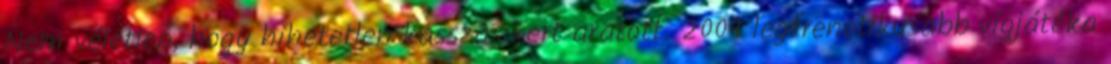
Nem véletlen, hogy hihetetlen kasszasikert aratott. 2009 legfrenetikusabb vígjátéka